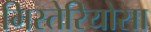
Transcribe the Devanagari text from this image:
मिस्तेरियोसा